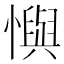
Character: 懙